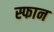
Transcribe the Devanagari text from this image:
स्फान